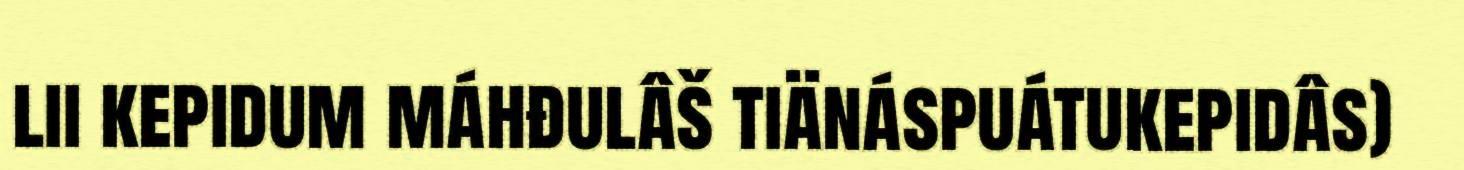
lii kepidum máhđulâš tiänáspuátukepidâs)